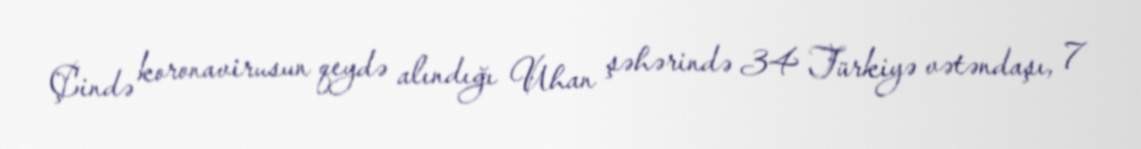
Çində koronavirusun qeydə alındığı Uhan şəhərində 34 Türkiyə vətəndaşı, 7